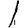
Digit: 1